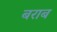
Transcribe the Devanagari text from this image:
बराब